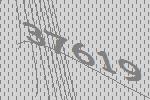
37619